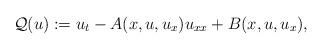
LaTeX: \begin{align*}\mathcal{Q}(u) := u_t - A(x,u,u_x)u_{xx} + B(x,u,u_x),\end{align*}